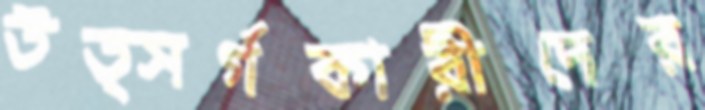
উত্সর্গকারীদের